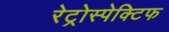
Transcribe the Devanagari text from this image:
रेट्रोस्‍पेक्टिफ